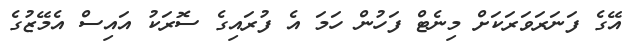
އޭގެ ފަނަރަވަރަކަށް މިނެޓް ފަހުން ހަމަ އެ ފުރައިގެ ސޮރަކު އައިސް އެމޭޒުގެ